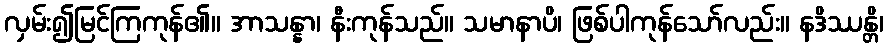
လှမ်း၍မြင်ကြကုန်၏။ အာသန္နာ၊ နီးကုန်သည်။ သမာနာပိ၊ ဖြစ်ပါကုန်သော်လည်း။ နဒိဿန္တိ၊